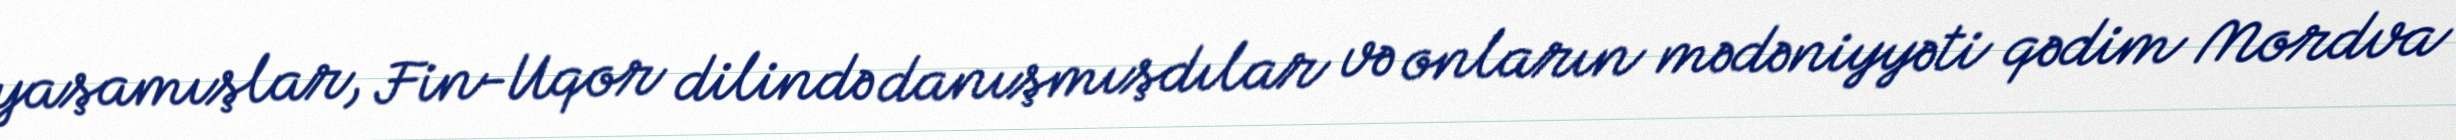
yaşamışlar, Fin-Uqor dilində danışmışdılar və onların mədəniyyəti qədim Mordva